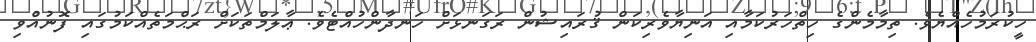
ހީކުރަމުހެއްޔެވެ. ތިމާމެންގެ ހިތްހަރުކަމާއި އަނިޔާވެރިކަން ޤުރައިޝުން ރަގަނޅަށް ހަނދާންހުއްޓެވެ. ޢާލަމްތަކަށް ރަޙްމަތެއްކަމުގައި ފޮނުއްވި